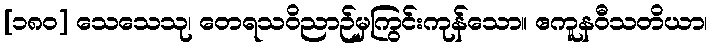
[၁၈၀] သေသေသု၊ တေရသဝိညာဉ်မှကြွင်းကုန်သော။ ဧကူနဝီသတိယာ၊